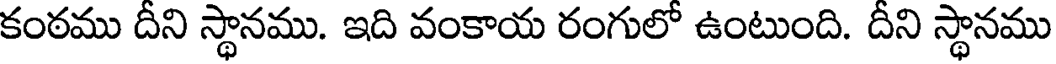
కంఠము దీని స్థానము. ఇది వంకాయ రంగులో ఉంటుంది. దీని స్థానము